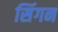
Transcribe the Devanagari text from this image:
सिंगन